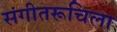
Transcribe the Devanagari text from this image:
संगीतरूचिला